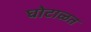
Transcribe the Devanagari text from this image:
घोटाळत